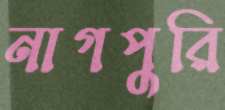
নাগপুরি